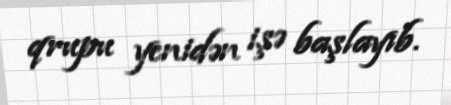
qrupu yenidən işə başlayıb.